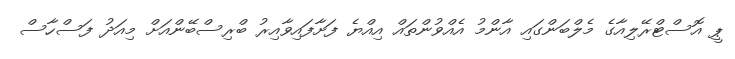
ޕީ އޮސްޓްރޭލިއާގެ މެލްބަންގައި އާންމު އެއްވުންތައް އިއްޔެ ފަށާފައިވާއިރު ބްރިސްބޭންއަށް މިއަދު ފަސްހާސް